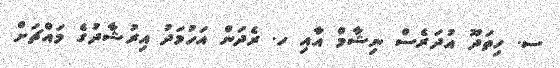
ސ. ހިތަދޫ އުދަރެސް ނިޝާމް އާއި ހ. ރެދަން އަހުމަދު އިރުޝާދުގެ މައްޗަށް